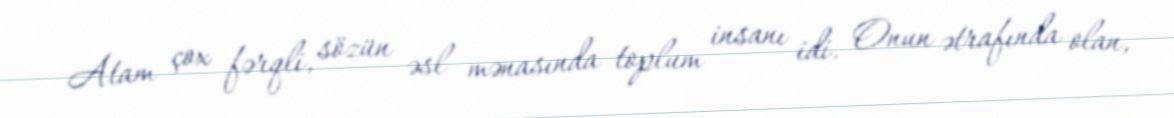
Atam çox fərqli, sözün əsl mənasında toplum insanı idi. Onun ətrafında olan,